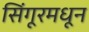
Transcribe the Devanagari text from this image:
सिंगूरमधून